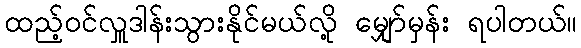
ထည့်ဝင်လှူဒါန်းသွားနိုင်မယ်လို့ မျှော်မှန်း ရပါတယ်။